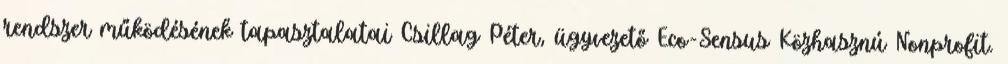
rendszer működésének tapasztalatai Csillag Péter, ügyvezető Eco-Sensus Közhasznú Nonprofit.